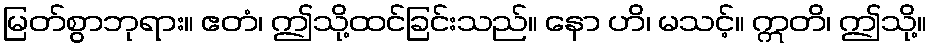
မြတ်စွာဘုရား။ ဧတံ၊ ဤသို့ထင်ခြင်းသည်။ နော ဟိ၊ မသင့်။ ဣတိ၊ ဤသို့။